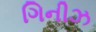
ગિનીઝ